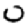
Digit: 0